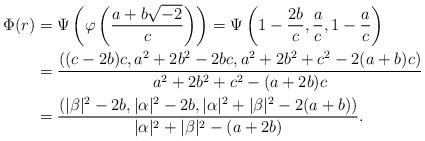
LaTeX: \begin{align*}\Phi(r) &= \Psi\left( \varphi \left( \frac{a + b\sqrt{-2}}c\right)\right)=\Psi\left(1 - \frac{2b}c, \frac ac, 1 - \frac ac\right) \\&=\frac{((c - 2b)c, a^2 + 2b^2 - 2bc, a^2 + 2b^2 + c^2 - 2(a+b)c)}{a^2 + 2b^2 + c^2 - (a + 2b)c} \\&=\frac{(|\beta|^2 - 2b, |\alpha|^2 - 2b, |\alpha|^2 + |\beta|^2 - 2(a+b))}{|\alpha|^2 + |\beta|^2 - (a + 2b)}.\end{align*}